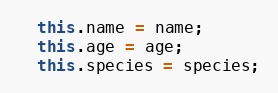
Language: JavaScript
  this.name = name;
  this.age = age;
  this.species = species;